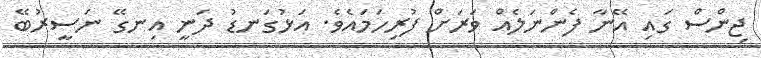
ޖިންސް ގައި އޭނާ ފެންނަލެއް ވަރަށް ފުރިހަމައެވެ. އަޅުގަނޑު ދަނީ އިނގޭ ނަސީރުބޭ